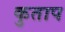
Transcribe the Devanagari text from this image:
कुताप